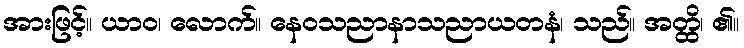
အားဖြင့်။ ယာဝ၊ လောက်။ နေဝသညာနာသညာယတနံ၊ သည်။ အတ္ထိ၊ ၏။